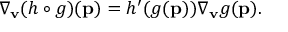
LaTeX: \nabla _ { \mathbf { v } } ( h \circ g ) ( \mathbf { p } ) = h ^ { \prime } ( g ( \mathbf { p } ) ) \nabla _ { \mathbf { v } } g ( \mathbf { p } ) .